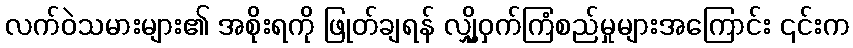
လက်ဝဲသမားများ၏ အစိုးရကို ဖြုတ်ချရန် လျှို့ဝှက်ကြံစည်မှုများအကြောင်း ၎င်းက